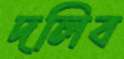
দলিব